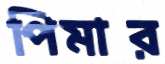
পিমার